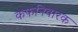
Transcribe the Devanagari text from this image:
कफनिवारक